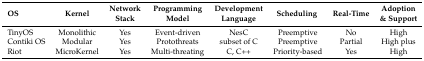
| OS | Kernel | Network Stack | Programming Model | Development Language | Scheduling | Real-Time | Adoption & Support |
 | --- | --- | --- | --- | --- | --- | --- | --- |
 | TinyOS | Monolithic | Yes | Event-driven | NesC | Preemptive | No | High |
 | Contiki OS | Modular | Yes | Protothreats | subset of C | Preemptive | Partial | High plus |
 | Riot | MicroKernel | Yes | Multi-threating | C, C++ | Priority-based | Yes | High |